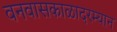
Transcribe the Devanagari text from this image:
वनवासकाळादरम्यान